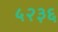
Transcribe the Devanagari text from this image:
५२३६